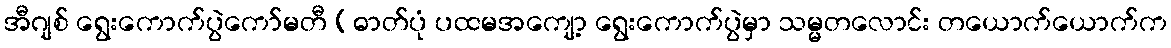
အီဂျစ် ရွေးကောက်ပွဲကော်မတီ (ဓာတ်ပုံ ပထမအကျော့ ရွေးကောက်ပွဲမှာ သမ္မတလောင်း တယောက်ယောက်က